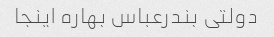
دولتی‌ بندرعباس بهاره اینجا